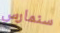
سنمارس